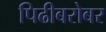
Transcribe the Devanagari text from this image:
पिढीबरोबर